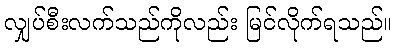
လျှပ်စီးလက်သည်ကိုလည်း မြင်လိုက်ရသည်။